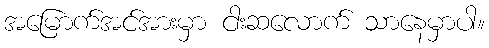
အမြောက်အင်အားမှာ ငါးဆလောက် သာနေမှာပါ။